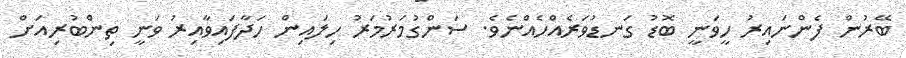
ބޭރުން ފެންނައިރު ހީވަނީ ބޮޑު ގަނޑުވަރެއްހެއްނެވެ. ސަންގުމަރުމަރު ހިލައިން ހަދާފައިވާއިރު ވަނީ ތިންބުރިއަށް